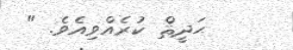
ޙަދީޘް ކުރެއްވިއެވެ. "